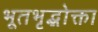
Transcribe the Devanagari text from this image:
भूतभृद्भोक्ता